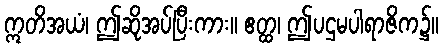
ဣတိအယံ၊ ဤဆိုအပ်ပြီးကား။ ဧတ္ထ၊ ဤပဌမပါရာဇိက၌။